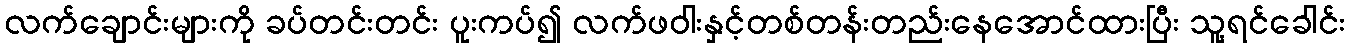
လက်ချောင်းများကို ခပ်တင်းတင်း ပူးကပ်၍ လက်ဖဝါးနှင့်တစ်တန်းတည်းနေအောင်ထားပြီး သူ့ရင်ခေါင်း